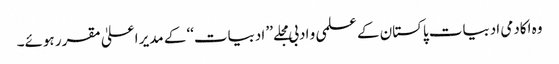
وہ اکادمی ادبیات پاکستان کے علمی و ادبی مجلے ’’ ادبیات‘‘ کے مدیر اعلیٰ مقرر ہوئے۔